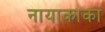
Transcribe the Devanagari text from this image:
नायाकाका